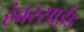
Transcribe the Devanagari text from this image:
हंबरसाईड